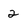
Character: 2